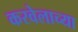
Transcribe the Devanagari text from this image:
करवेलाच्या